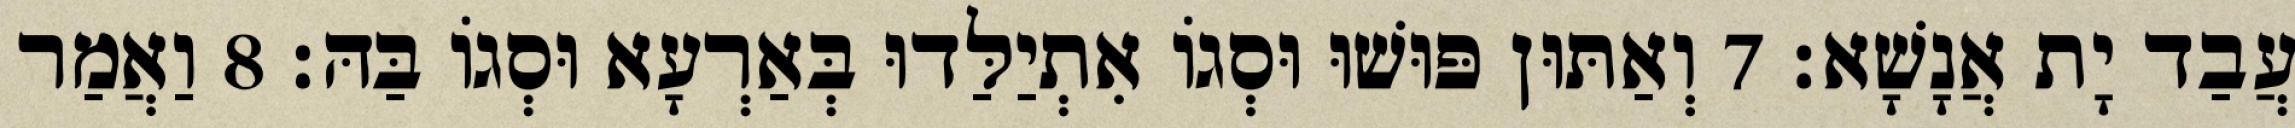
עֲבַד יָת אֲנָשָׁא׃ 7 וְאַתּוּן פּוּשׁוּ וּסְגוֹ אִתְיַלַּדוּ בְּאַרְעָא וּסְגוֹ בַּהּ׃ 8 וַאֲמַר